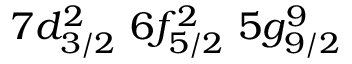
7 d _ { 3 / 2 } ^ { 2 } \, \, 6 f _ { 5 / 2 } ^ { 2 } \, \, 5 g _ { 9 / 2 } ^ { 9 }